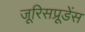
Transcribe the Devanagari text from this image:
जूरिसप्रूडेंस